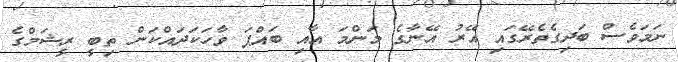
ނަމަވެސް ބަދިގެތެރޭގައި އޭރު އޭނާގެ މަންމަ އާއި ބައްޕަ ވާހަކަދައްކަން ތިބީ ރީޝަމްގެ